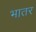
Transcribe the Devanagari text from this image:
भातर